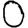
Digit: 0